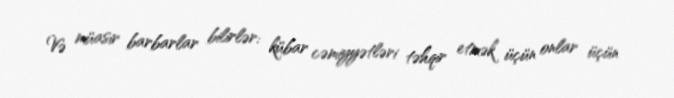
Və müasir barbarlar bilirlər: kübar cəmiyyətləri təhqir etmək üçün onlar üçün